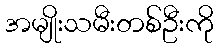
အမျိုးသမီးတစ်ဦးကို